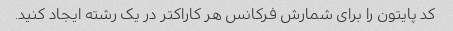
کد پایتون را برای شمارش فرکانس هر کاراکتر در یک رشته ایجاد کنید.